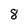
Character: 8